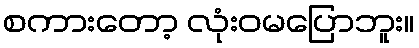
စကားတော့ လုံးဝမပြောဘူး။